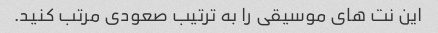
این نت های موسیقی را به ترتیب صعودی مرتب کنید.